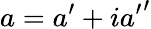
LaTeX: a={a}^{\prime}+i{{a}^{\prime}}^{\prime}